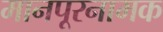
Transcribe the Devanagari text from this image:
मानपूरनामक